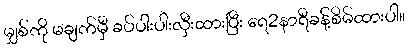
မျှစ်ကို မချက်မှီ ခပ်ပါးပါးလှီးထားပြီး ရေ2နာရီခန့်စိမ်ထားပါ။